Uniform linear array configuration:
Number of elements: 16
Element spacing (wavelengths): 0.25
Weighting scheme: uniform
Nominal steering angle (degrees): -45
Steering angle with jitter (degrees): -43.018
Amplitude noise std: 0.05
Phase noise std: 0.05

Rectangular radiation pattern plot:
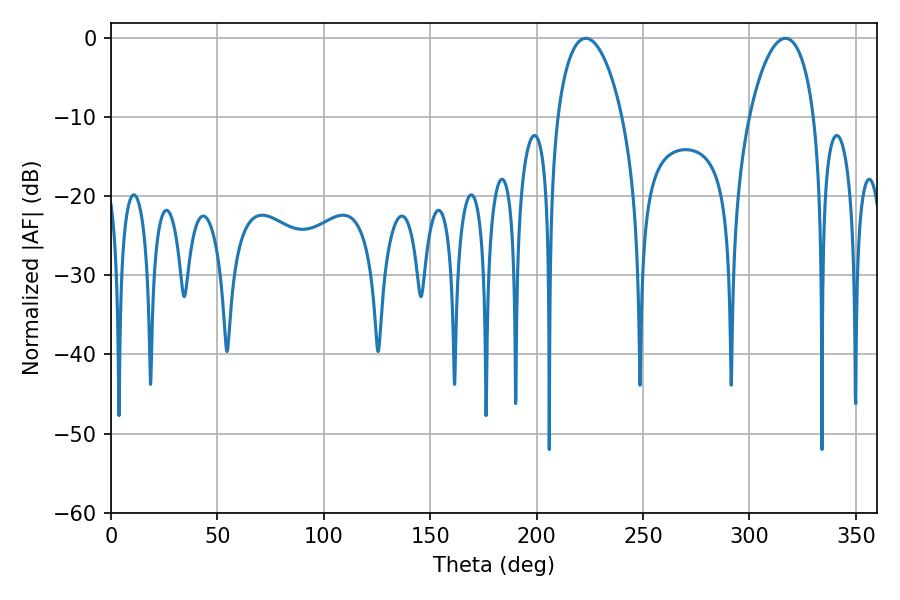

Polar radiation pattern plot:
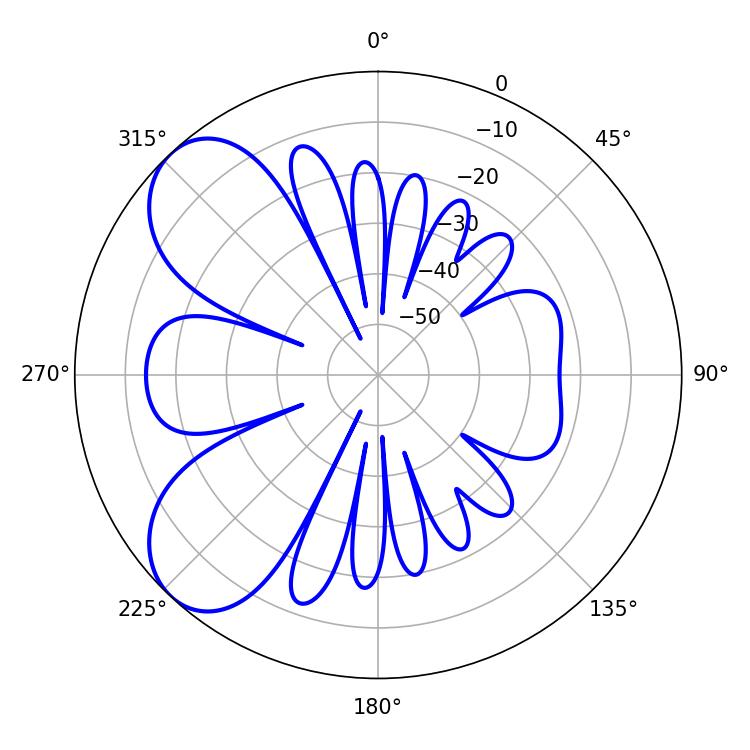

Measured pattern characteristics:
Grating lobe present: FALSE
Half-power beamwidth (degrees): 17.28
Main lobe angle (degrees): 223.02